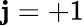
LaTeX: \mathbf{j}=+1